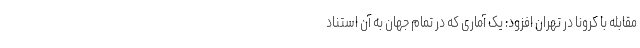
مقابله با کرونا در تهران افزود: یک آماری که در تمام جهان به آن استناد